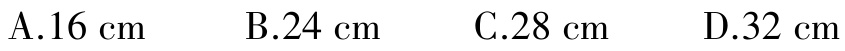
A.16 cm  B.24 cm  C.28 cm  D.32 cm